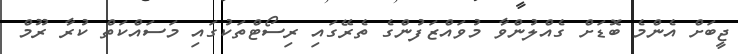
ޖީބަށް އެންމެ ބޮޑަށް ގެއްލުންވާ މުވައްޒަފުންގެ ތެރޭގައި ރިސޯޓްތަކުގައި މަސައްކަތް ކުރާ ރޫމް